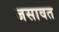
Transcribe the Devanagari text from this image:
जसावत